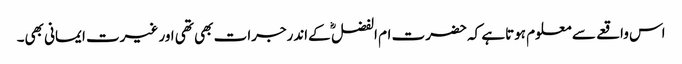
اس واقعے سے معلوم ہوتاہے کہ حضرت ام الفضل ؓ کےاندرجرات بھی تھی اور غیرت ایمانی بھی۔